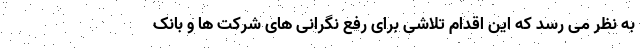
به نظر می رسد که این اقدام تلاشی برای رفع نگرانی های شرکت ها و بانک